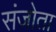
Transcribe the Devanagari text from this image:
संजोता